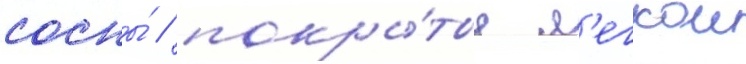
сосны́ / покры́тые л'егкои